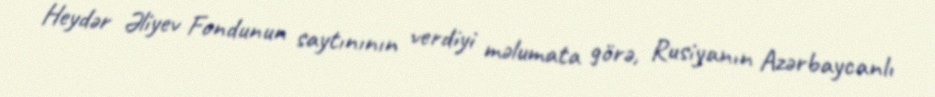
Heydər Əliyev Fondunun saytınının verdiyi məlumata görə, Rusiyanın Azərbaycanlı